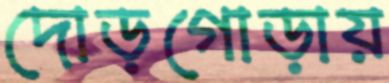
দোড়গোড়ায়